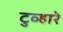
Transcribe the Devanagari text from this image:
टुव्हारे